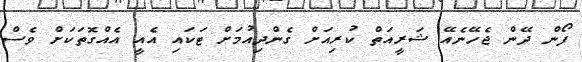
ފޯން ދޭން ޖެހޭނެއޭ ޝަރީއަތް ކުރިއަށް ގެންދިއުމަށް ޓަކައި އެއީ އެއްގޮތަަަކަށް ވެސް